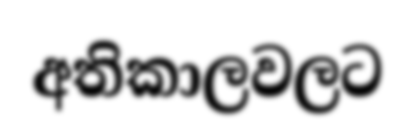
අතිකාලවලට